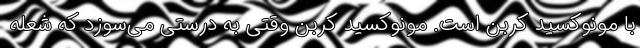
با مونوکسید کربن است. مونوکسید کربن وقتی به درستی می‌سوزد که شعله